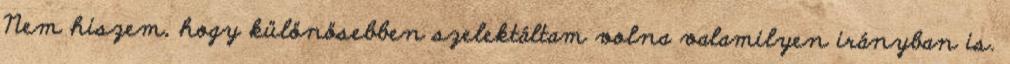
Nem hiszem, hogy különösebben szelektáltam volna valamilyen irányban is.